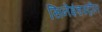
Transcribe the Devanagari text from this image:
सिनेइंडस्ट्रीत